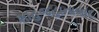
શાહજહાનાબાદ